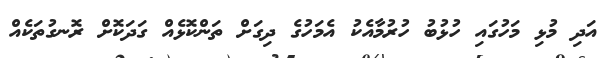
އަދި މުޅި މަހުގައި ހުޅުބު ހުރުމާއެކު އެމަހުގެ ދިގަށް ތަންކޮޅެއް ގަދަކޮށް ރޮނގުތަކެއް